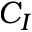
C _ { I }